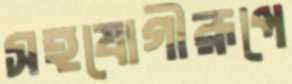
সহযোগীরূপে